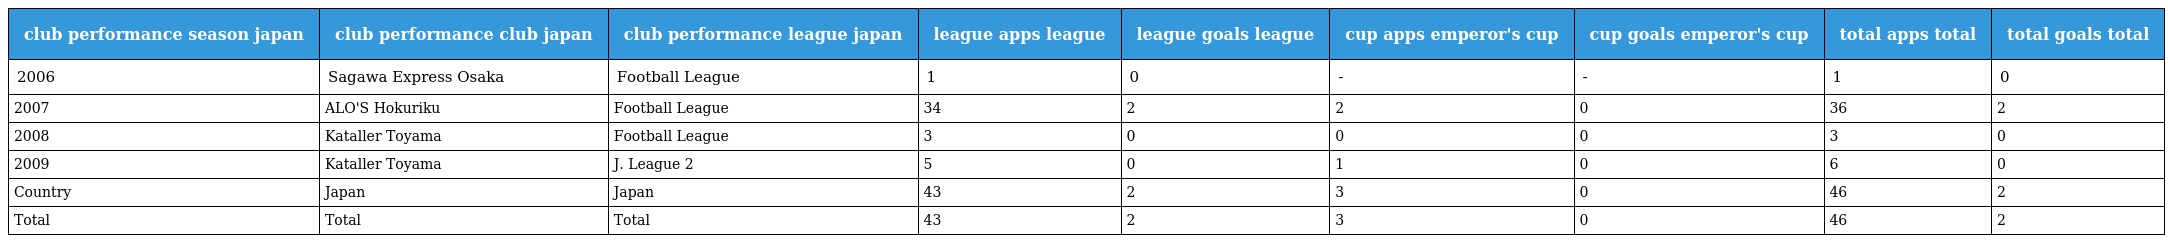
| club performance season japan | club performance club japan | club performance league japan | league apps league | league goals league | cup apps emperor's cup | cup goals emperor's cup | total apps total | total goals total |
 | --- | --- | --- | --- | --- | --- | --- | --- | --- |
 | 2006 | Sagawa Express Osaka | Football League | 1 | 0 | - | - | 1 | 0 |
 | 2007 | ALO'S Hokuriku | Football League | 34 | 2 | 2 | 0 | 36 | 2 |
 | 2008 | Kataller Toyama | Football League | 3 | 0 | 0 | 0 | 3 | 0 |
 | 2009 | Kataller Toyama | J. League 2 | 5 | 0 | 1 | 0 | 6 | 0 |
 | Country | Japan | Japan | 43 | 2 | 3 | 0 | 46 | 2 |
 | Total | Total | Total | 43 | 2 | 3 | 0 | 46 | 2 |